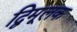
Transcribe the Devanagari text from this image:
द्विमूलक